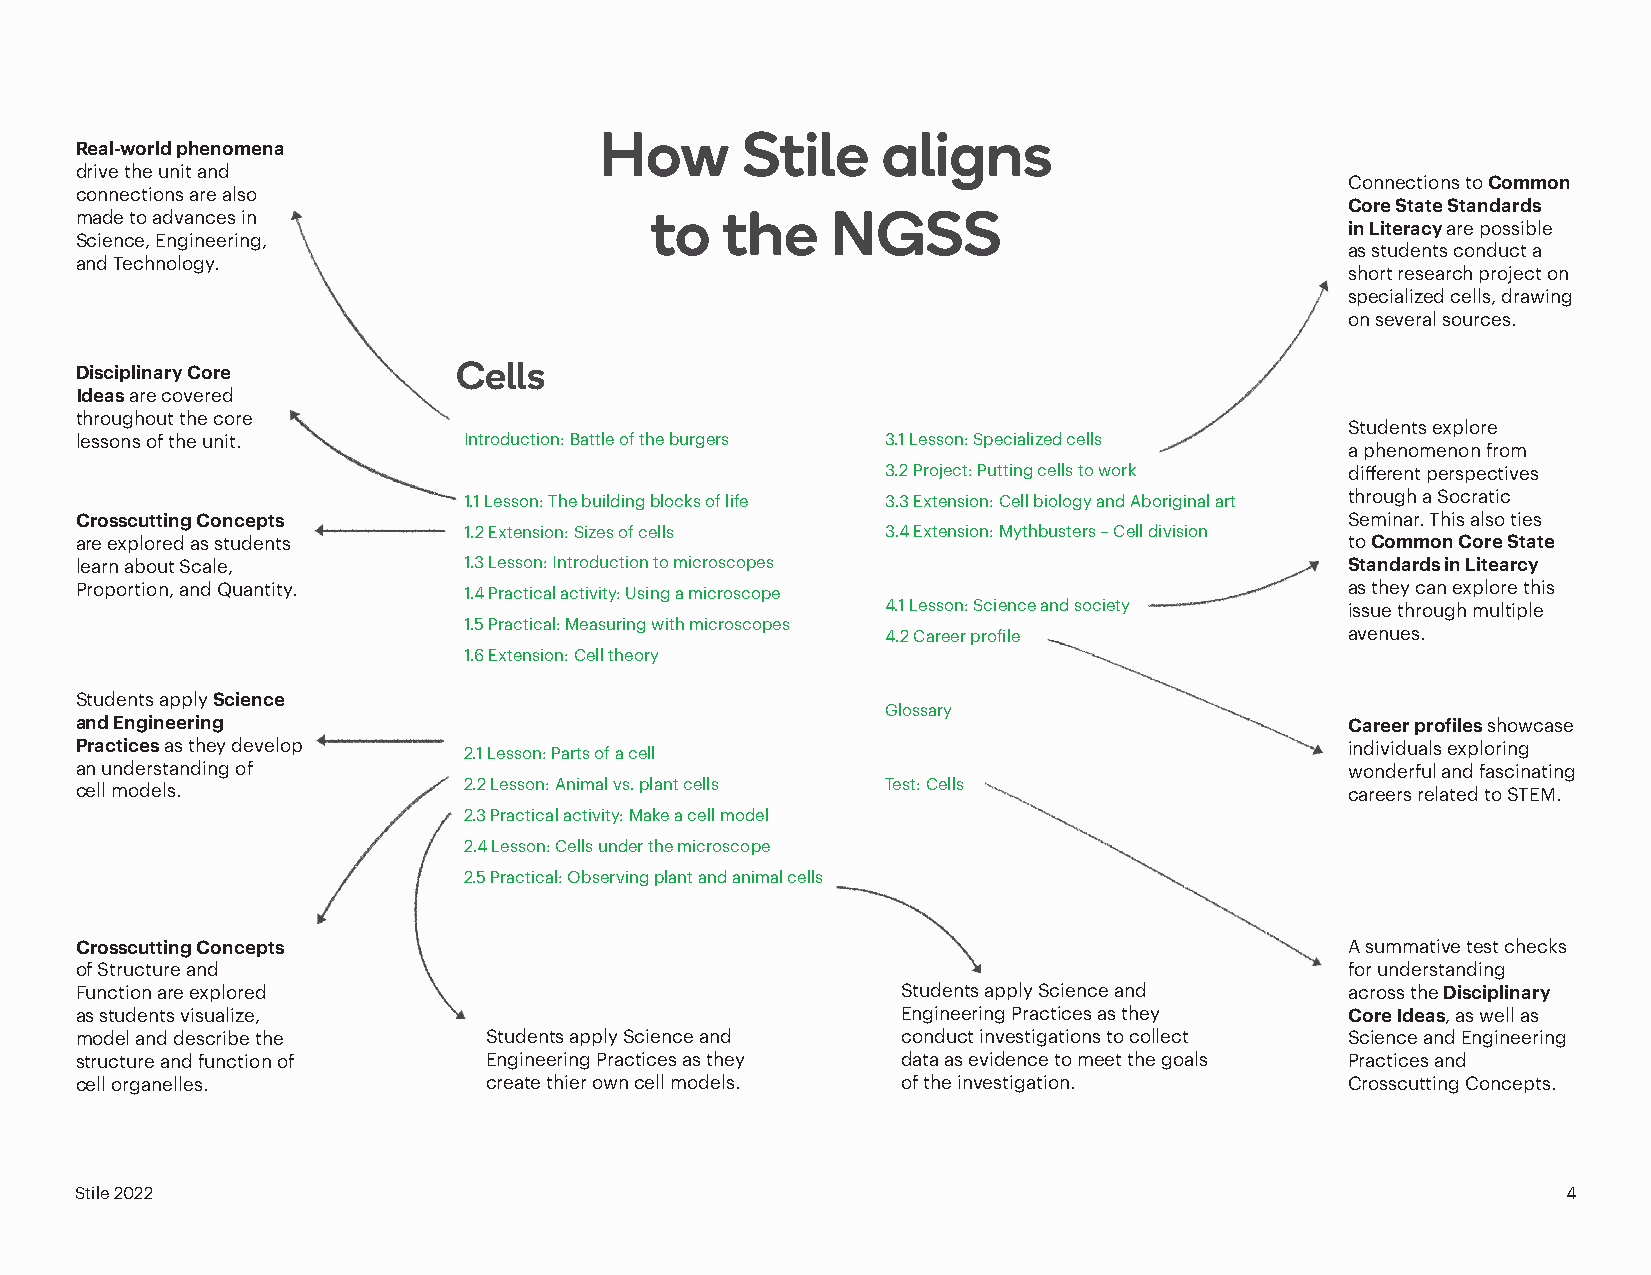
How      Stile    aligns
 Real-world phenomena
 drive the unit and
 Connections to Common
 connections are also
 Core State Standards
 made to advances in                   to   the    NGSS
 in Literacy are possible
 Science, Engineering,
 as students conduct a
 and Technology.
 short research project on
 specialized cells, drawing
 on several sources.
 Disciplinary Core        Cells
 Ideas are covered
 throughout the core
 Students explore
 lessons of the unit.      Introduction: Battle of the burgers 3.1 Lesson: Specialized cells
 a phenomenon from
 3.2 Project: Putting cells to work different perspectives
 1.1 Lesson: The building blocks of life 3.3 Extension: Cell biology and Aboriginal art through a Socratic
 Crosscutting Concepts                                                               Seminar. This also ties
 1.2 Extension: Sizes of cells 3.4 Extension: Mythbusters – Cell division
 are explored as students                                                            to Common Core State
 learn about Scale,        1.3 Lesson: Introduction to microscopes                   Standards in Litearcy
 Proportion, and Quantity. 1.4 Practical activity: Using a microscope                as they can explore this
 4.1 Lesson: Science and society issue through multiple
 1.5 Practical: Measuring with microscopes
 4.2 Career profile            avenues.
 1.6 Extension: Cell theory
 Students apply Science
 Glossary
 and Engineering                                                                     Career profiles showcase
 Practices as they develop                                                           individuals exploring
 2.1 Lesson: Parts of a cell
 an understanding of                                                                 wonderful and fascinating
 cell models.              2.2 Lesson: Animal vs. plant cells Test: Cells            careers related to STEM.
 2.3 Practical activity: Make a cell model
 2.4 Lesson: Cells under the microscope
 2.5 Practical: Observing plant and animal cells
 Crosscutting Concepts                                                               A summative test checks
 of Structure and                                                                    for understanding
 Function are explored                                  Students apply Science and   across the Disciplinary
 as students visualize,                                 Engineering Practices as they Core Ideas, as well as
 model and describe the     Students apply Science and  conduct investigations to collect Science and Engineering
 structure and function of  Engineering Practices as they data as evidence to meet the goals Practices and
 cell organelles.           create thier own cell models. of the investigation.      Crosscutting Concepts.
 Stile 2022                                                                                         4